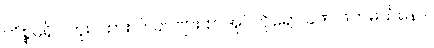
ကိစ္စမရှိပါဘူး။ ထားပါ။ ခင်ဗျား စာအုပ်ကိုရော ခဏ ဖတ်မယ်နော်။